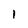
Character: 1